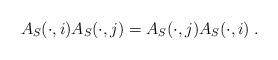
LaTeX: \begin{align*}A_S(\cdot,i) A_S(\cdot,j) = A_S(\cdot,j) A_S(\cdot,i)\;.\end{align*}